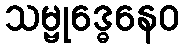
သမ္ဗုဒ္ဓေနေဝ